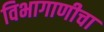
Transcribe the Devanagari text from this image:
विभागाणीचा